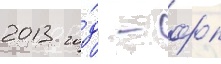
2013 го́д - фк